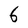
Character: 6